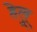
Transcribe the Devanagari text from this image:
हेलु